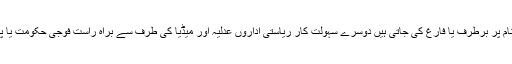
تیسری مثال پاکستان ہے جہاں منتخب جمہوری حکومتیں مذہب اور کرپشن کے نام پر برطرف یا فارغ کی جاتی ہیں دوسرے سہولت کار ریاستی اداروں عدلیہ اور میڈیا کی طرف سے براہ راست فوجی حکومت یا پالتو جمہوری حکومت کے قیام کو قانون اور آئین کے جواز فراہم کئے جاتے ہیں۔